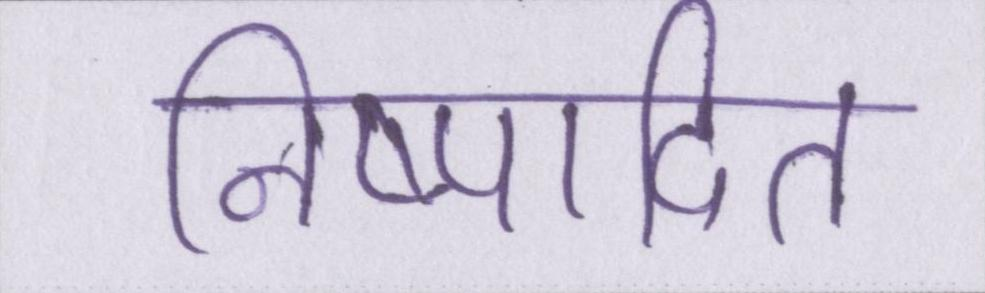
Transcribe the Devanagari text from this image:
निष्पादित